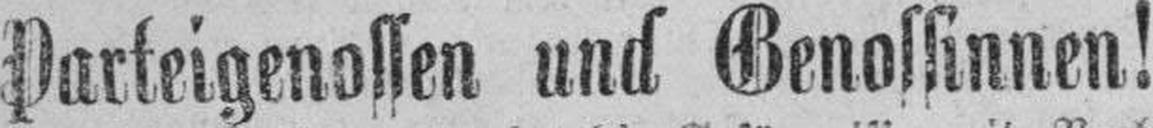
Parteigenossen und Genossinnen!